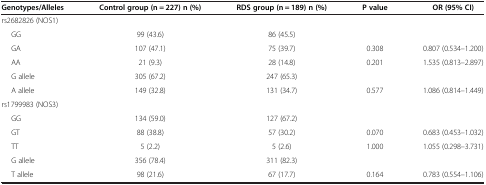
<table><thead><tr><td><b>Genotypes/Alleles</b></td><td><b>Control group (n = 227) n (%)</b></td><td><b>RDS group (n = 189) n (%)</b></td><td><b>P value</b></td><td><b>OR (95% CI)</b></td></tr></thead><tbody><tr><td>rs2682826 (NOS1)</td><td> </td><td> </td><td> </td><td> </td></tr><tr><td>GG</td><td>99 (43.6)</td><td>86 (45.5)</td><td> </td><td> </td></tr><tr><td>GA</td><td>107 (47.1)</td><td>75 (39.7)</td><td>0.308</td><td>0.807 (0.534–1.200)</td></tr><tr><td>AA</td><td>21 (9.3)</td><td>28 (14.8)</td><td>0.201</td><td>1.535 (0.813–2.897)</td></tr><tr><td>G allele</td><td>305 (67.2)</td><td>247 (65.3)</td><td> </td><td> </td></tr><tr><td>A allele</td><td>149 (32.8)</td><td>131 (34.7)</td><td>0.577</td><td>1.086 (0.814–1.449)</td></tr><tr><td>rs1799983 (NOS3)</td><td> </td><td> </td><td> </td><td> </td></tr><tr><td>GG</td><td>134 (59.0)</td><td>127 (67.2)</td><td> </td><td> </td></tr><tr><td>GT</td><td>88 (38.8)</td><td>57 (30.2)</td><td>0.070</td><td>0.683 (0.453–1.032)</td></tr><tr><td>TT</td><td>5 (2.2)</td><td>5 (2.6)</td><td>1.000</td><td>1.055 (0.298–3.731)</td></tr><tr><td>G allele</td><td>356 (78.4)</td><td>311 (82.3)</td><td> </td><td> </td></tr><tr><td>T allele</td><td>98 (21.6)</td><td>67 (17.7)</td><td>0.164</td><td>0.783 (0.554–1.106)</td></tr></tbody></table>